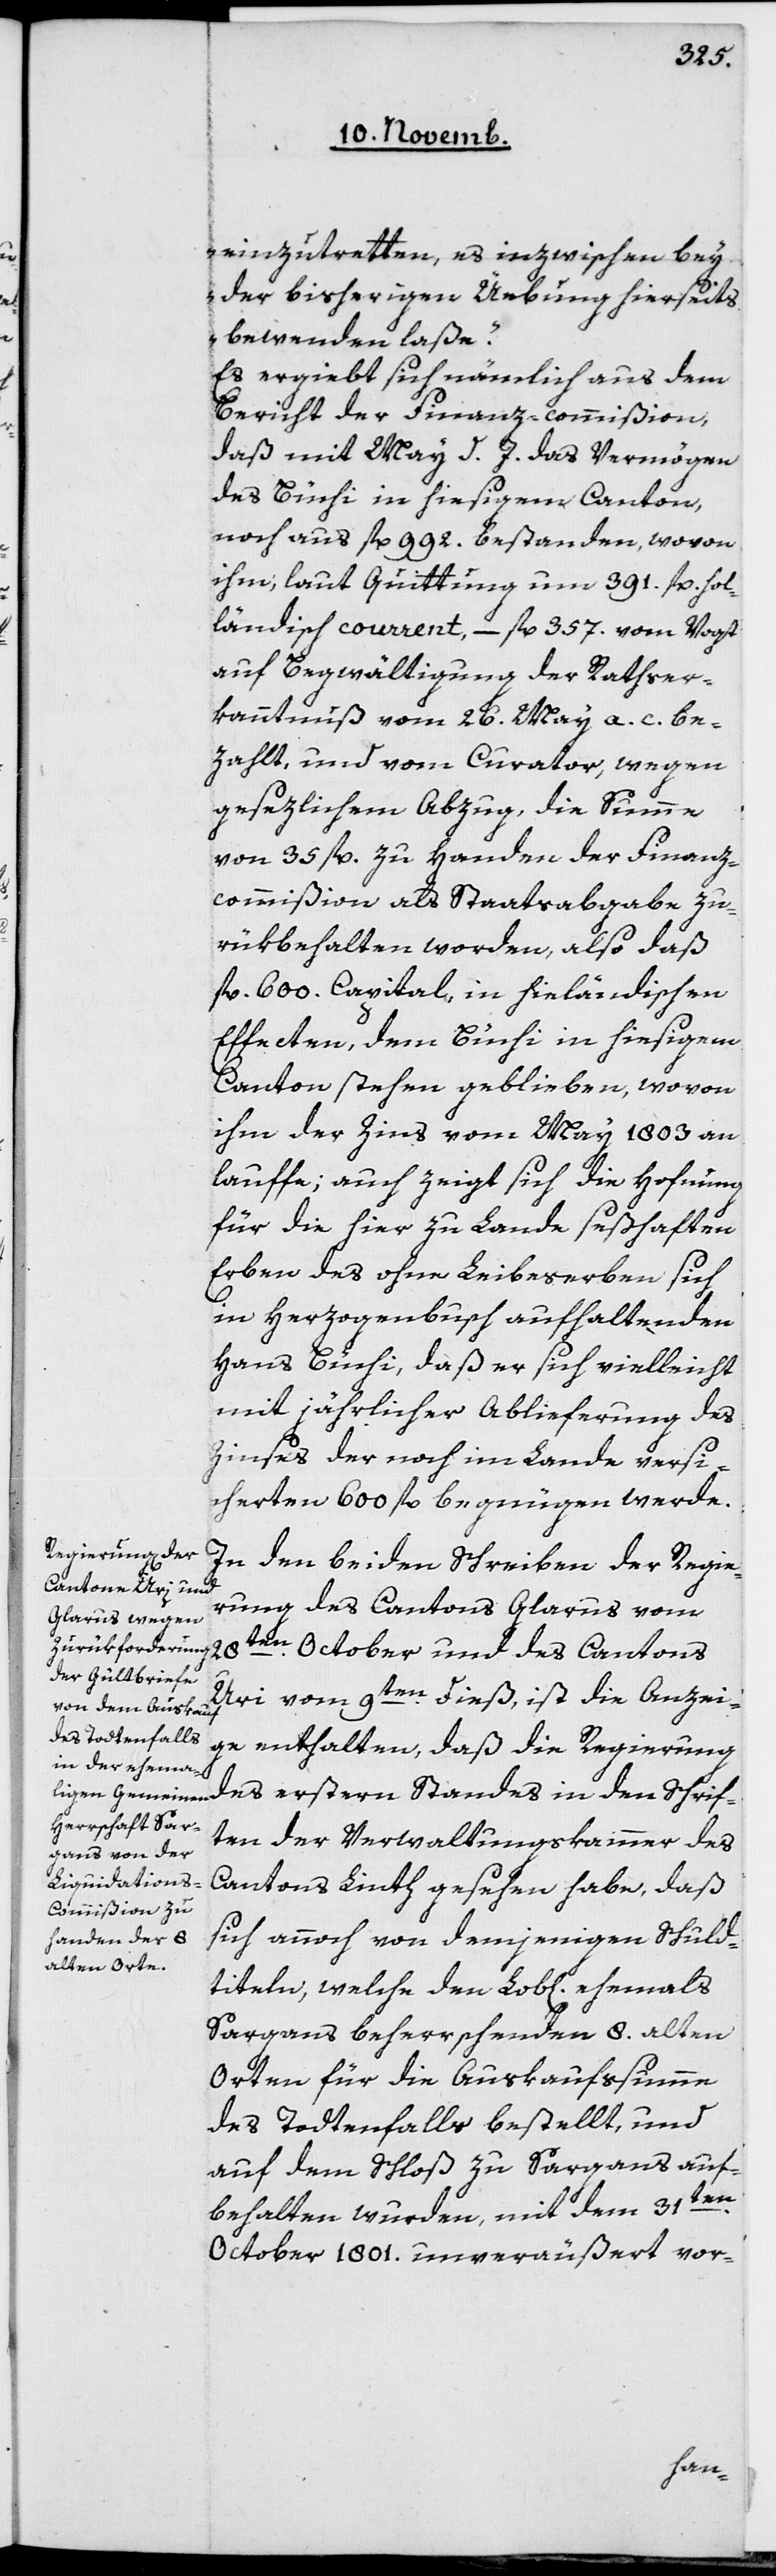
einzutretten, es inzwischen bey
der bisherigen Übung hierseits
bewenden laße“.
Es ergiebt sich nämlich aus dem
Bericht der Finanz-commißion,
daß mit May d. J. das Vermögen
des Büchi in hiesigem Canton,
noch aus fl. 992 bestanden, wovon
ihm, laut Quittung um 391 fl. hol¬
ländisch courrent, – fl. 357 vom Vogt
auf Begwältigung der Rathser¬
kanntnuß vom 26. May a. c. be¬
zahlt, und vom Curator, wegen
gesezlichem Abzug, die Summe
von 35 fl. zu Handen der Finanz¬
commißion als Staatsabgabe zu¬
rükbehalten worden, also daß
fl. 600 Capital in hieländischen
Effecten, dem Büchi in hiesigem
Canton stehen geblieben, wovon
ihm der Zins vom May 1803 an¬
lauffe, auch zeigt sich die Hofnung,
für die hier zu Lande seßhaften
Erben des ohne Leibeserben sich
in Herzogenbusch aufhaltenden
Hans Büchi, daß er sich vielleicht
mit jährlicher Ablieferung des
Zinses der noch im Lande versi¬
cherten 600 fl. begnügen werde.
In den beiden Schreiben der Regie¬
rung des Cantons Glarus vom
28ten October und des Cantons
Uri vom 9ten dieß, ist die Anzei¬
ge enthalten, daß die Regierung
des ersteren Standes in den Schrif¬
ten der Verwaltungskammer des
Cantons Linth gesehen habe, daß
sich annoch von demjenigen Schuld¬
titeln, welche den Lobl. ehemals
Sargans beherrschenden 8 alten
Orten für die Auskaufssumme
des Todtenfalls bestellt, und
auf dem Schloß zu Sargans auf¬
behalten wurden, mit dem 31ten
October 1801 unveräußert vor-